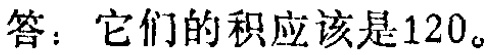
答：它们的积应该是120。